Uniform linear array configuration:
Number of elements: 48
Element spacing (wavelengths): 1
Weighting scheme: cosine
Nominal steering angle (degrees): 60
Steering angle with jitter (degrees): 60.841
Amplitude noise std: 0.05
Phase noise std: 0.05

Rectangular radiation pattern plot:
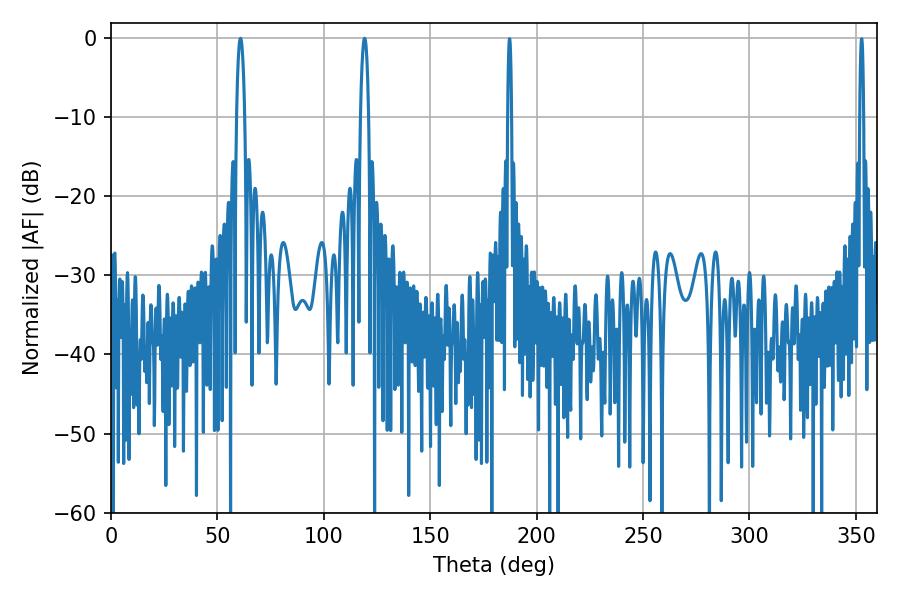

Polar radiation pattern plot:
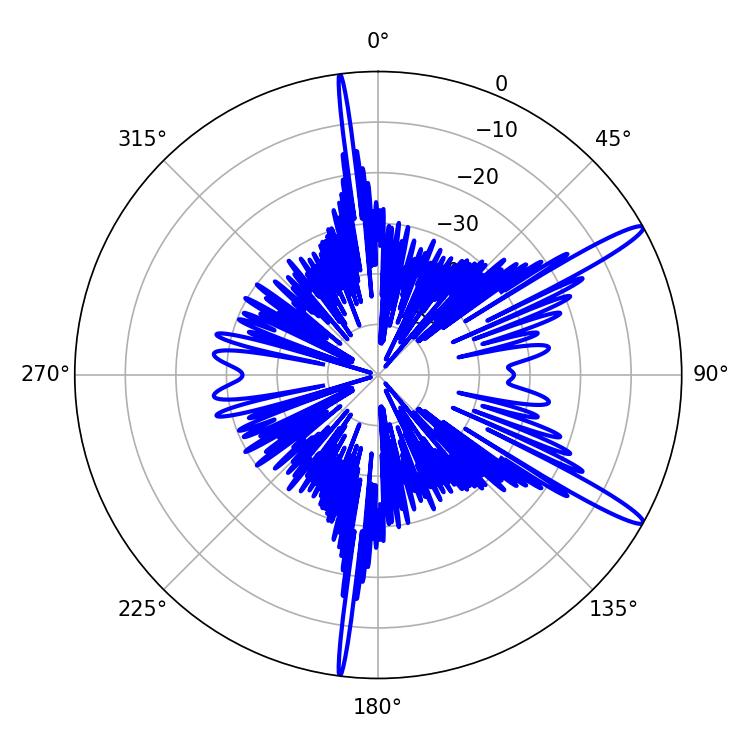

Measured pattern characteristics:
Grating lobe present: TRUE
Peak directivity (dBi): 14.593
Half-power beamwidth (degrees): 2.16
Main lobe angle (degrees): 60.84